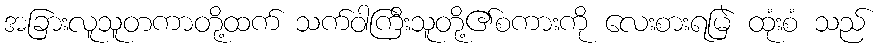
အခြားလူသူတကာတို့ထက် သက်ဝါကြီးသူတို့၏စကားကို လေးစားရမြဲ ထုံးစံ သည်